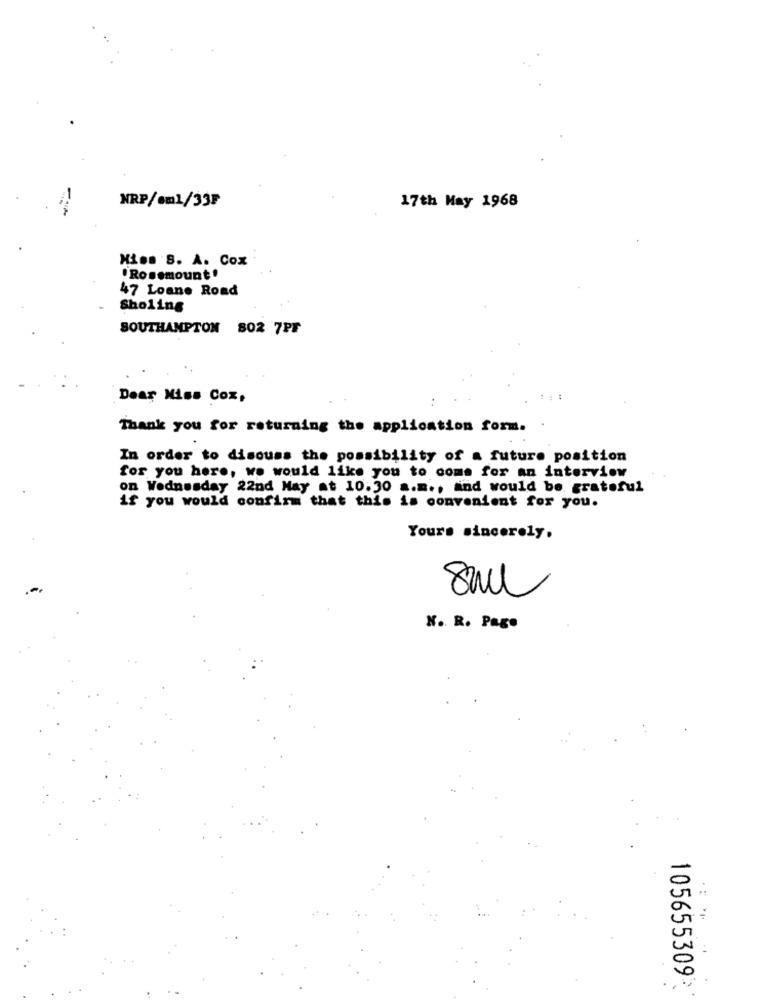
NRP/em1/33₽
17th May 1968
Miss S. A. Cox
.Rosemount!
47 Loane Road
Sholing
SOUTHAMPTON 802 7PF
Dear Miss Cox,
Thank you for returning the application form.
In order to discuss the possibility of a future position
for you here, we would like you to come for an interview
on Wednesday 22nd May at 10:30 a.m ., and would be grateful
if you would confirm that this is convenient for you.
Yours sincerely.
N. R. Pago
105655309